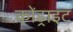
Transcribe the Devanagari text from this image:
कोंड्राइट